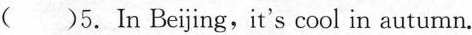
( )5.In Beijing,it's cool in autumn.